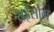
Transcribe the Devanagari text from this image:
राईसोम